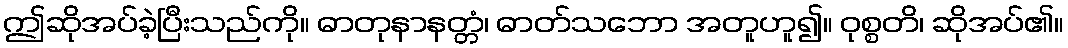
ဤဆိုအပ်ခဲ့ပြီးသည်ကို။ ဓာတုနာနတ္တံ၊ ဓာတ်သဘော အတူဟူ၍။ ဝုစ္စတိ၊ ဆိုအပ်၏။